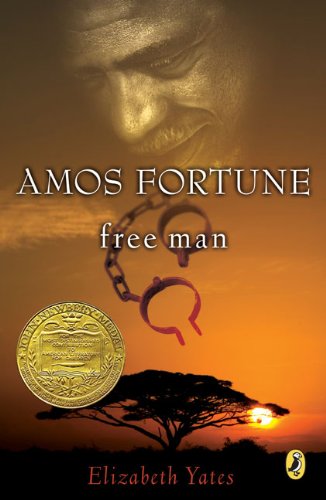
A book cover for Amos Fortune, Free Man (Newbery Library, Puffin); Elizabeth Yates; Biographies & Memoirs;